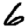
Digit: 6